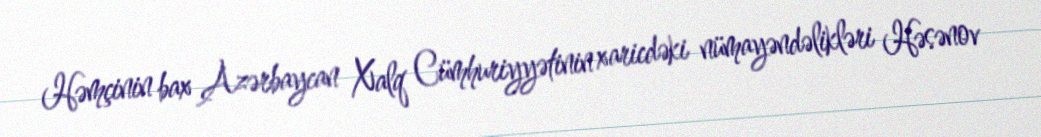
Həmçinin bax Azərbaycan Xalq Cümhuriyyətinin xaricdəki nümayəndəlikləri Həsənov